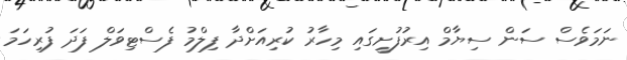
ނަމަވެސް ސަން ސިޔާމް އިރުފުށީގައި މިހާރު ކުރިއަށްދާ ފިލްމު ފެސްޓިވަލް ފަދަ ފުރިހަމަ